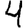
Digit: 4